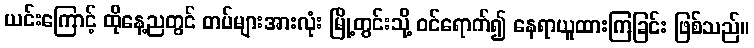
ယင်းကြောင့် ထိုနေ့ညတွင် တပ်များအားလုံး မြို့တွင်းသို့ ဝင်ရောက်၍ နေရာယူထားကြခြင်း ဖြစ်သည်။